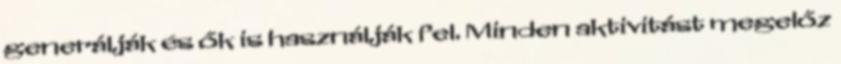
generálják és ők is használják fel. Minden aktivitást megelőz